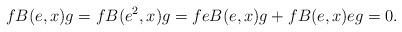
LaTeX: \begin{align*}fB(e,x)g=fB(e^2,x)g=feB(e,x)g+fB(e,x)eg=0.\end{align*}